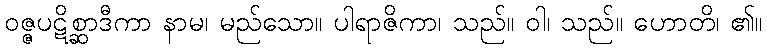
ဝဇ္ဇပဋိစ္ဆာဒီကာ နာမ၊ မည်သော။ ပါရာဇိကာ၊ သည်။ ဝါ၊ သည်။ ဟောတိ၊ ၏။